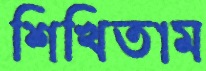
শিখিতাম